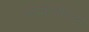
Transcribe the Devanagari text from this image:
कास्मोपॉलिटन